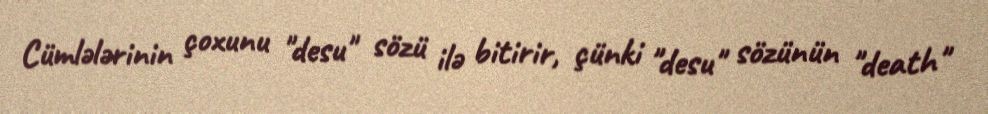
Cümlələrinin çoxunu "desu" sözü ilə bitirir, çünki "desu" sözünün "death"